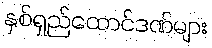
နှစ်ရှည်ထောင်ဒဏ်များ